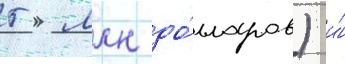
5 млн до́лларов) и́